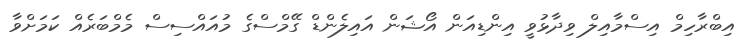
އިބްރާހިމް އިސްމާއިލް ވިދާޅުވީ އިންޑިއަން އޯޝަން އައިލެންޑް ގޭމްސްގެ މުއައްސިސް މެމްބަރެއް ކަމަށްވާ